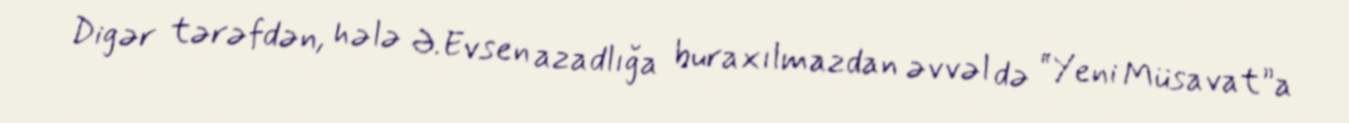
Digər tərəfdən, hələ Ə.Evsen azadlığa buraxılmazdan əvvəl də “Yeni Müsavat”a